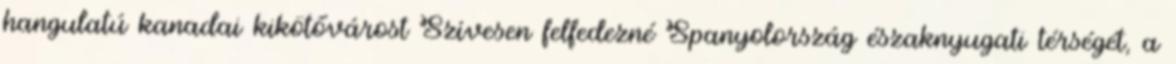
hangulatú kanadai kikötővárost Szívesen felfedezné Spanyolország északnyugati térségét, a